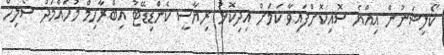
ކޯލިޝަނުން އިއްޔެ ސޮއިކޮށްފައިވާ ކަމަށް އިދިކޮޅު ރިޔާސީ ކެންޑިޑޭޓު އިބްރާހިމް މުހައްމަދު ސޯލިހް